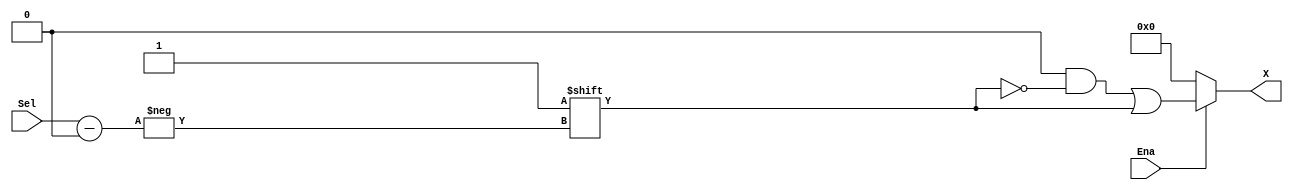
module GenericDecoder( Sel, Ena, X );
  parameter M = 3;
  localparam N = 2**M;
  
  input [M-1:0]Sel;     // the 'address' lines
  input Ena;            // chip enable
  output reg [N-1:0]X;  // the output lines
  
  always @ ( Sel, Ena ) begin
    X = 0;
    if ( Ena ) begin
      X[Sel] = 1'b1;    // treat Sel as an index
    end
  end
  
endmodule